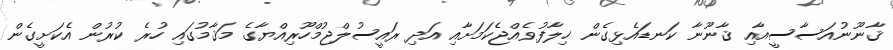
ޤާނޫނުއަސާސީއާއި ޤާނޫނާ ކަނޑައެޅިގެން ޚިލާފުވެއްޖެކަމަށާއި އަދި ރައީސުލްޖުމްހޫރިއްޔާގެ މަޤާމުގައި ހުރެ ކުރުން އެކަށީގެން